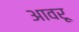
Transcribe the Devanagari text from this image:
आवरू